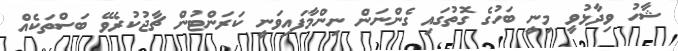
ޝާހު ވިދާޅުވީ މިނީ ބަހުގެ ގޮތުގައި ގެންނަން ނިންމާފައިވަނީ ކަރަންޓުން ޗާޖުކުރެވޭ ބަސްތަކެއް